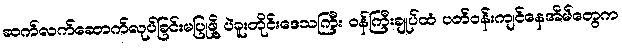
ဆက်လက်ဆောက်လုပ်ခြင်းမပြုဖို့ ပဲခူးတိုင်းဒေသကြီး ဝန်ကြီးချုပ်ထံ ပတ်ဝန်းကျင်နေအိမ်တွေက